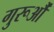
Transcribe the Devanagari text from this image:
गुरूऔं